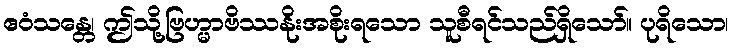
ဧဝံသန္တေ၊ ဤသို့ဗြဟ္မာဗိဿနိုးအစိုးရသော သူစီရင်သည်ရှိသော်။ ပုရိသော၊